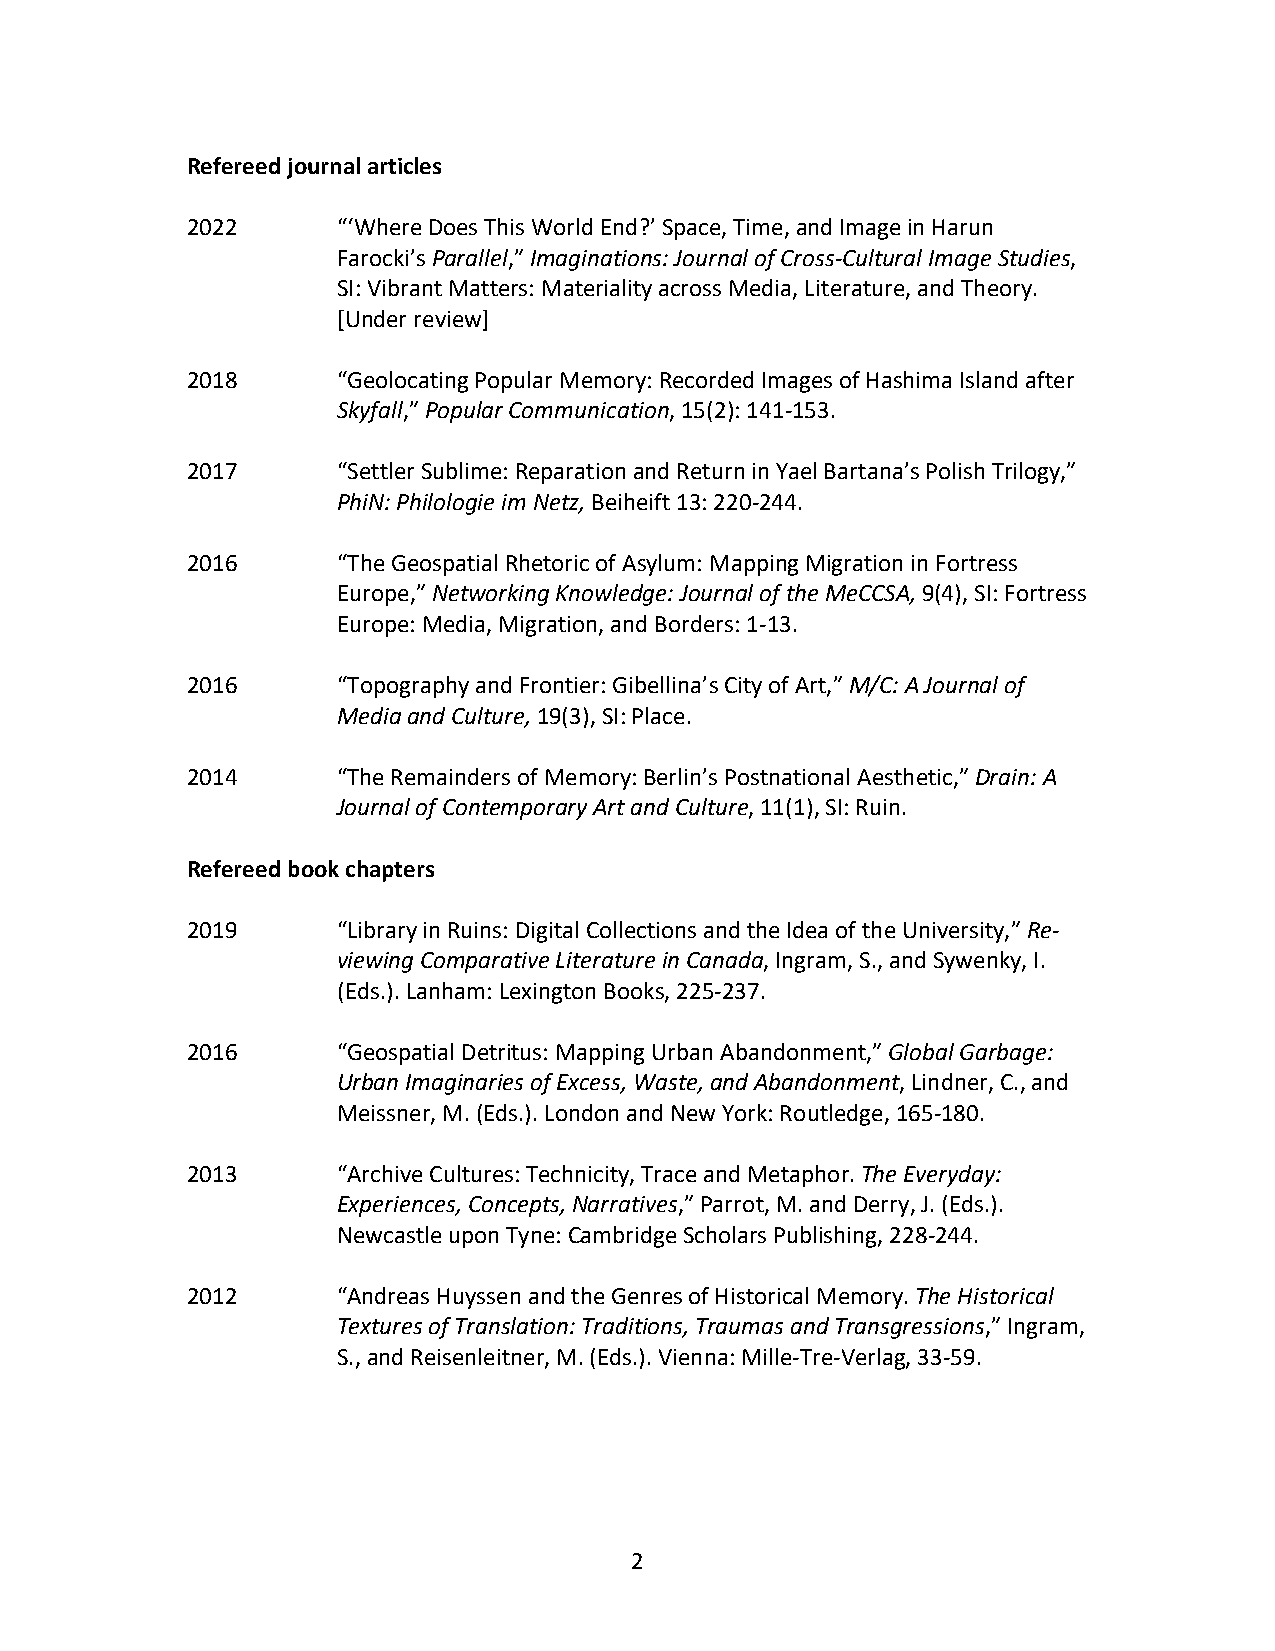
Refereed journal articles
 2022      “‘Where Does This World End?’ Space, Time, and Image in Harun
 Farocki’s Parallel,” Imaginations: Journal of Cross-Cultural Image Studies,
 SI: Vibrant Matters: Materiality across Media, Literature, and Theory.
 [Under review]
 2018      “Geolocating Popular Memory: Recorded Images of Hashima Island after
 Skyfall,” Popular Communication, 15(2): 141-153.
 2017      “Settler Sublime: Reparation and Return in Yael Bartana’s Polish Trilogy,”
 PhiN: Philologie im Netz, Beiheift 13: 220-244.
 2016      “The Geospatial Rhetoric of Asylum: Mapping Migration in Fortress
 Europe,” Networking Knowledge: Journal of the MeCCSA, 9(4), SI: Fortress
 Europe: Media, Migration, and Borders: 1-13.
 2016      “Topography and Frontier: Gibellina’s City of Art,” M/C: A Journal of
 Media and Culture, 19(3), SI: Place.
 2014      “The Remainders of Memory: Berlin’s Postnational Aesthetic,” Drain: A
 Journal of Contemporary Art and Culture, 11(1), SI: Ruin.
 Refereed book chapters
 2019      “Library in Ruins: Digital Collections and the Idea of the University,” Re-
 viewing Comparative Literature in Canada, Ingram, S., and Sywenky, I.
 (Eds.). Lanham: Lexington Books, 225-237.
 2016      “Geospatial Detritus: Mapping Urban Abandonment,” Global Garbage:
 Urban Imaginaries of Excess, Waste, and Abandonment, Lindner, C., and
 Meissner, M. (Eds.). London and New York: Routledge, 165-180.
 2013      “Archive Cultures: Technicity, Trace and Metaphor. The Everyday:
 Experiences, Concepts, Narratives,” Parrot, M. and Derry, J. (Eds.).
 Newcastle upon Tyne: Cambridge Scholars Publishing, 228-244.
 2012      “Andreas Huyssen and the Genres of Historical Memory. The Historical
 Textures of Translation: Traditions, Traumas and Transgressions,” Ingram,
 S., and Reisenleitner, M. (Eds.). Vienna: Mille-Tre-Verlag, 33-59.
 2